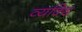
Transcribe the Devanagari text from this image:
व्यक्थि